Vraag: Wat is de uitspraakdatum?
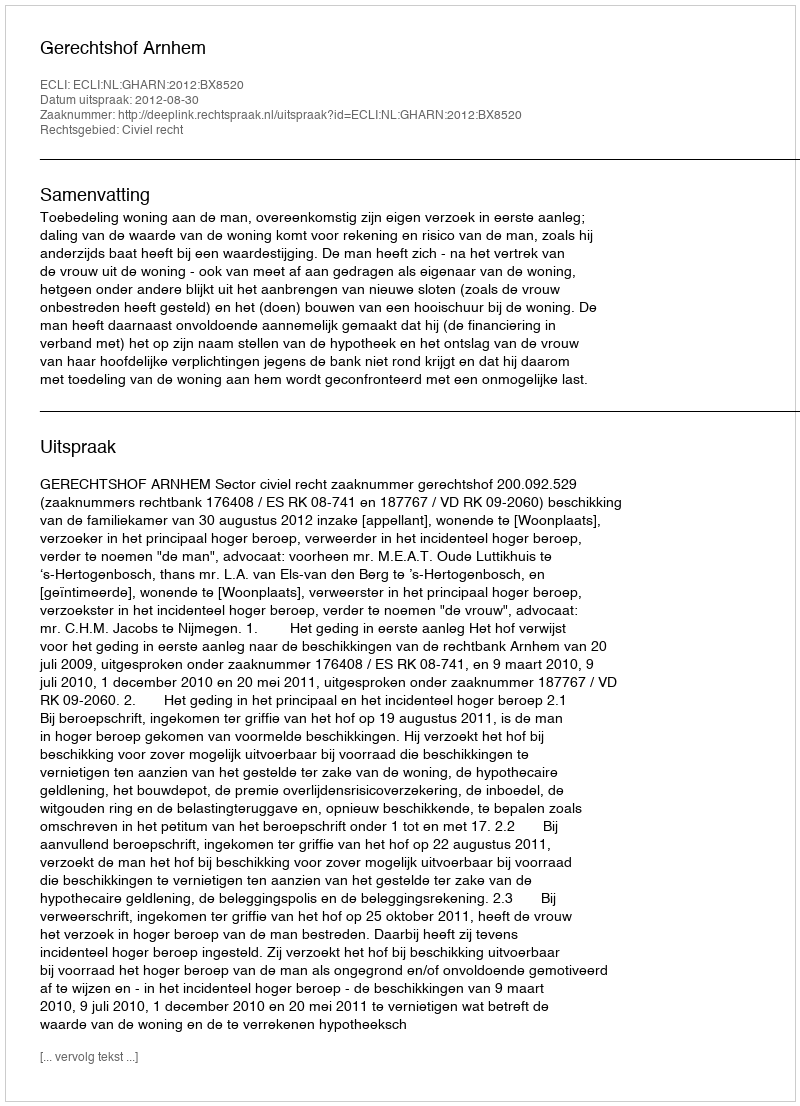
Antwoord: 2012-08-30